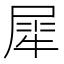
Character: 犀